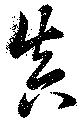
眞